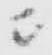
ニ